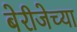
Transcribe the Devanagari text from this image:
बेरीजेच्या